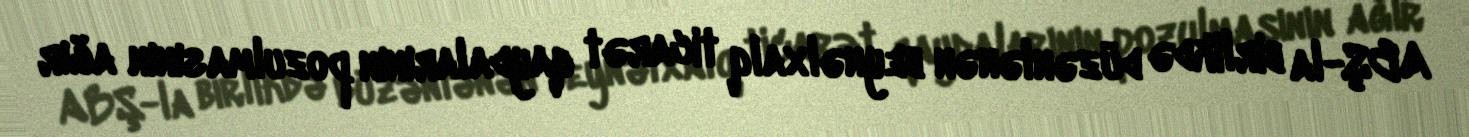
ABŞ-la birlikdə düzənlənən beynəlxalq ticarət qaydalarının pozulmasının ağır